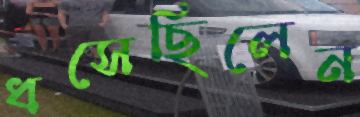
ধসেছিলেন